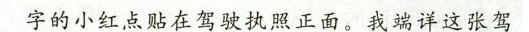
字的小红点贴在驾驶执照正面。我端详这张驾